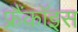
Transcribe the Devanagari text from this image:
फ्रैंकॉइस